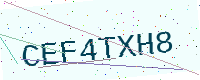
Text: CEF4TXH8